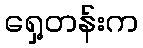
ရှေ့တန်းက